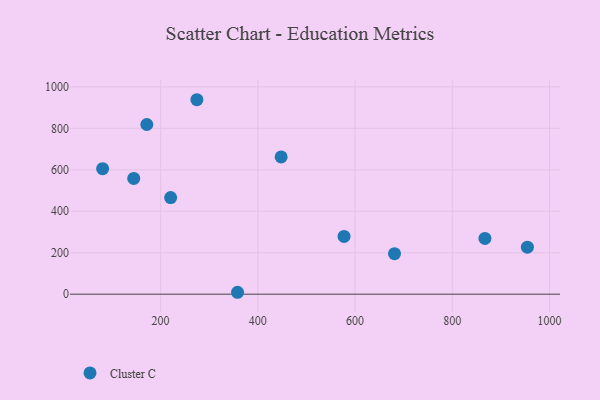
{"axis": {"x": "Experience", "y": "Profit"}, "legend": ["Cluster C"], "data": [{"x": "867.1", "y": 268.9, "type": "Cluster C"}, {"x": "171.6", "y": 818.7, "type": "Cluster C"}, {"x": "954.4", "y": 226.7, "type": "Cluster C"}, {"x": "144.7", "y": 558.5, "type": "Cluster C"}, {"x": "447.9", "y": 662.2, "type": "Cluster C"}, {"x": "358.2", "y": 9.3, "type": "Cluster C"}, {"x": "681.1", "y": 195.5, "type": "Cluster C"}, {"x": "220.6", "y": 466.2, "type": "Cluster C"}, {"x": "577.3", "y": 278.8, "type": "Cluster C"}, {"x": "80.7", "y": 605.3, "type": "Cluster C"}, {"x": "274.6", "y": 938.1, "type": "Cluster C"}]}